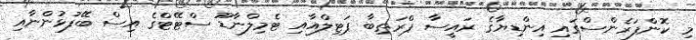
މި ކޮންފަރެންސްގައި އިންޑިޔާގެ ރައީސާ ޕްރަތިބާ ޕަޓިލްއާއި ޓެމިލްނާޑޫ ސްޓޭޓްގެ އިސް ބޭފުޅުންނާއި